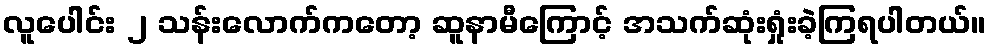
လူပေါင်း ၂ သန်းလောက်ကတော့ ဆူနာမီကြောင့် အသက်ဆုံးရှုံးခဲ့ကြရပါတယ်။